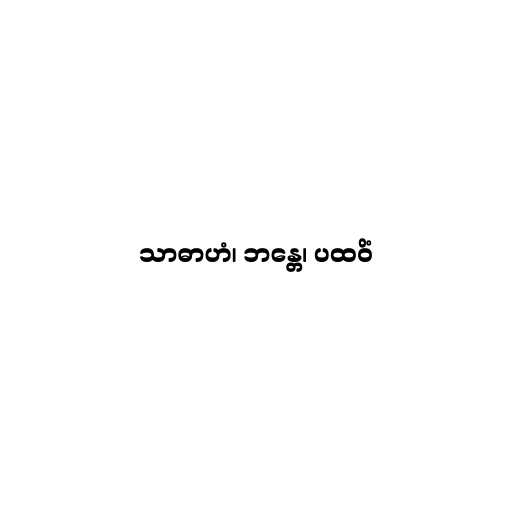
သာဓာဟံ၊ ဘန္တေ၊ ပထဝိံ